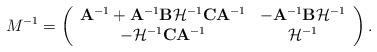
LaTeX: \begin{align*}M^{-1} = \left(\begin{array}{cc}\mathbf{A}^{-1} + \mathbf{A}^{-1} \mathbf{B} \mathcal{H}^{-1} \mathbf{C} \mathbf{A}^{-1} & - \mathbf{A}^{-1} \mathbf{B} \mathcal{H}^{-1} \\- \mathcal{H}^{-1} \mathbf{C} \mathbf{A}^{-1} & \mathcal{H}^{-1} \end{array}\right).\end{align*}